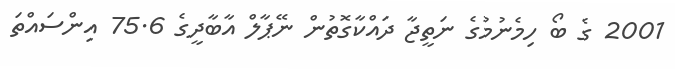
2001 ގެ ބޯ ހިމެނުމުގެ ނަތީޖާ ދައްކާގޮތުން ނޭޕާލް އާބާދީގެ 75.6 އިންސައްތަ